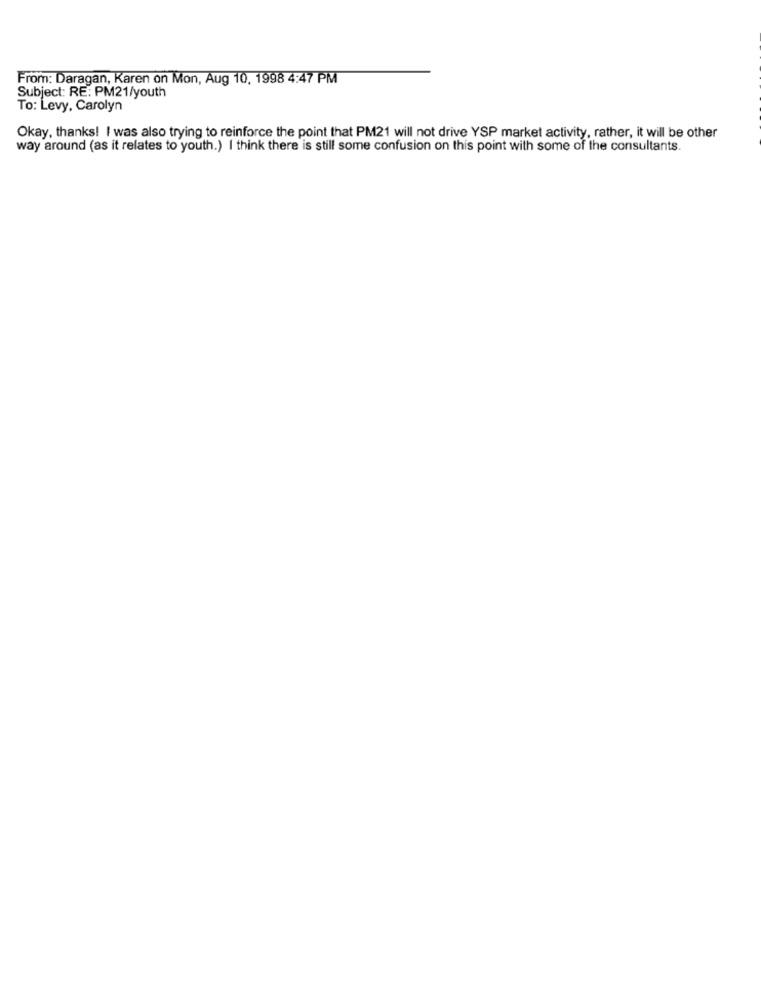
From: Daragan, Karen on Mon, Aug 10, 1998 4:47 PM
Subject: RE: PM21/youth
To: Levy, Carolyn
Okay, thanks! I was also trying to reinforce the point that PM21 will not drive YSP market activity, rather, it will be other
way around (as it relates to youth.) I think there is still some confusion on this point with some of the consultants.